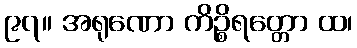
၉၇။ အရုဏော ကိဉ္စိရတ္တော ထ၊